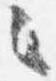
々